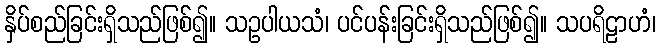
နှိပ်စည်ခြင်းရှိသည်ဖြစ်၍။ သဥပါယသံ၊ ပင်ပန်းခြင်းရှိသည်ဖြစ်၍။ သပရိဠာဟံ၊